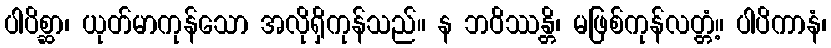
ပါပိစ္ဆာ၊ ယုတ်မာကုန်သော အလိုရှိကုန်သည်။ န ဘဝိဿန္တိ၊ မဖြစ်ကုန်လတ္တံ့။ ပါပိကာနံ၊